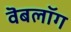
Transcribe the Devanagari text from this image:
वॆबलॉग